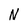
Character: N